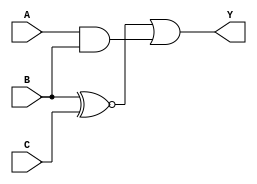
module three_variable_kmap (
    input wire A,    // Input variable A
    input wire B,    // Input variable B
    input wire C,    // Input variable C
    output wire Y    // Output variable Y
);

// K-map implementation
// The truth table derived from the K-map is:
// A B C | Y
// 0 0 0 | 0
// 0 0 1 | 1
// 0 1 1 | 1
// 0 1 0 | 0
// 1 0 0 | 0
// 1 0 1 | 1
// 1 1 1 | 1
// 1 1 0 | 0
//
// The simplified Boolean expression derived from the K-map is:
// Y = B'C + AB

assign Y = (B ~^ C) | (A & B);

endmodule